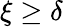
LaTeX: \xi\geq\delta